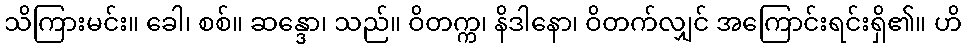
သိကြားမင်း။ ခေါ၊ စစ်။ ဆန္ဒော၊ သည်။ ဝိတက္က၊ နိဒါနော၊ ဝိတက်လျှင် အကြောင်းရင်းရှိ၏။ ဟိ